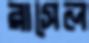
রাসেল